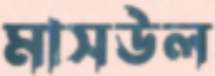
মাসউল